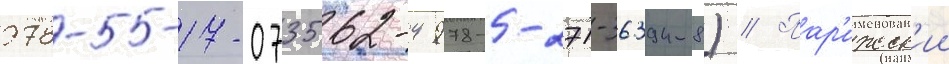
978-5-17-073562-4 978-5-271-36394-8) // Пар'ижск'ии